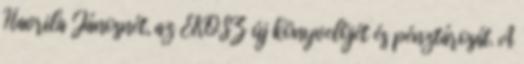
Havrila Jánosnét, az EKOSZ új könyvelõjét és pénztárosát. A